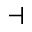
\dashv